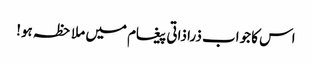
اس کا جواب ذرا ذاتی پیغام میں ملاحظہ ہو!